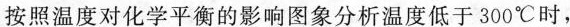
按照温度对化学平衡的影响图像分析温度低于300^{\circ}C时，